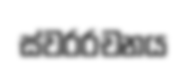
ස්වරරචනය